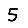
Digit: 5